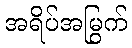
အရိပ်အမြွက်